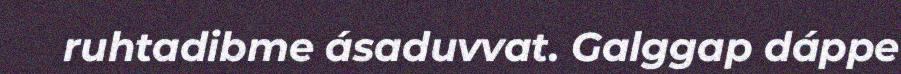
ruhtadibme ásaduvvat. Galggap dáppe